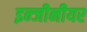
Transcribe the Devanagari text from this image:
इन्जीनीयर